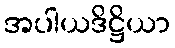
အပါယဒိဋ္ဌိယာ